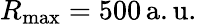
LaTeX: R_{\mathrm{max}}=500\, \mathrm{a.u.}